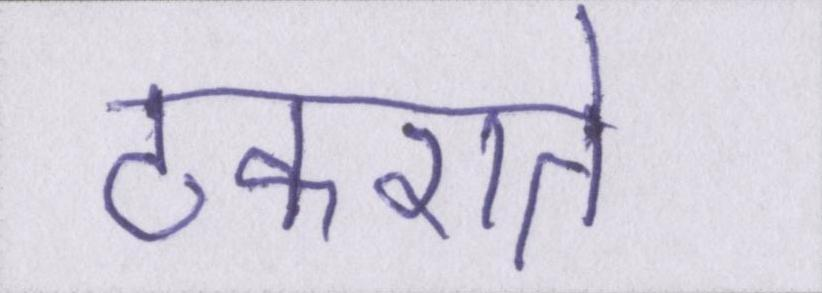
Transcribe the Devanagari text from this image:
टकराते